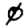
Digit: 0